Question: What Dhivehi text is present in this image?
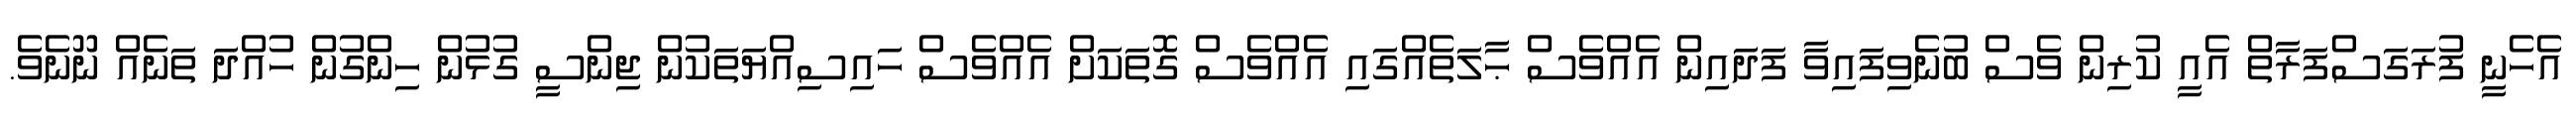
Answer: އެހެނީ ފުރަގަސްފަރާތް އެއީ ކުރިން ވެސް ބުނެވިފައިވާ ފަދައިން އެއްވެސް ޙާލަތެއްގައި އެއްވެސް ގޮތަކަށް އެއްވެސް ހައިސިއްޔަތަކުން ޖިންސީ ގުޅުން ހިންގުން ހުއްދަ ތަނެއް ނޫނެވެ.